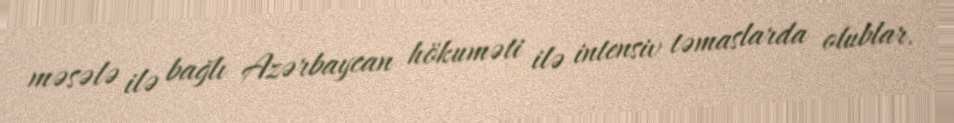
məsələ ilə bağlı Azərbaycan hökuməti ilə intensiv təmaslarda olublar.